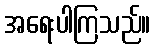
အရေးပါကြသည်။